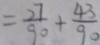
= \frac { 2 7 } { 9 0 } + \frac { 4 3 } { 9 0 }